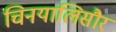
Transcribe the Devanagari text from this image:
चिनयालिसौर